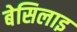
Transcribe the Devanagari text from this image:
बेसिलाइ